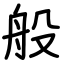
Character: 般